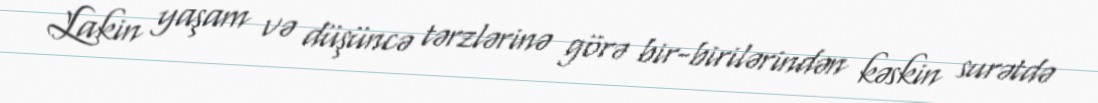
Lakin yaşam və düşüncə tərzlərinə görə bir-birilərindən kəskin surətdə